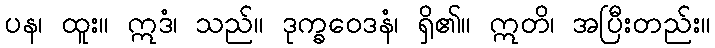
ပန၊ ထူး။ ဣဒံ၊ သည်။ ဒုက္ခဝေဒနံ၊ ရှိ၏။ ဣတိ၊ အပြီးတည်း။